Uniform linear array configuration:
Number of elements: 12
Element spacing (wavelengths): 1
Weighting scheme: blackman
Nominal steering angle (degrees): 0
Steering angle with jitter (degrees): -1.119
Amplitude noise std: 0.05
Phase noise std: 0.05

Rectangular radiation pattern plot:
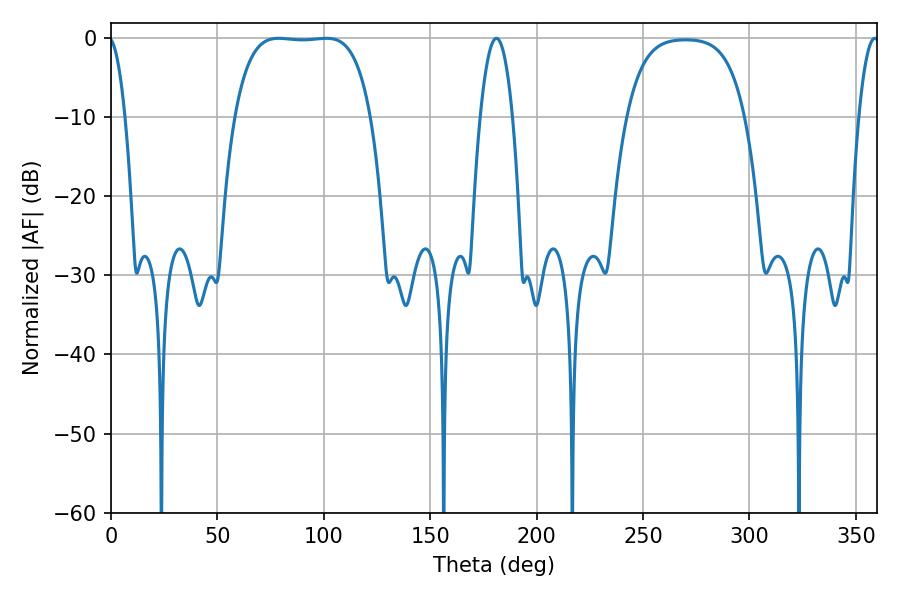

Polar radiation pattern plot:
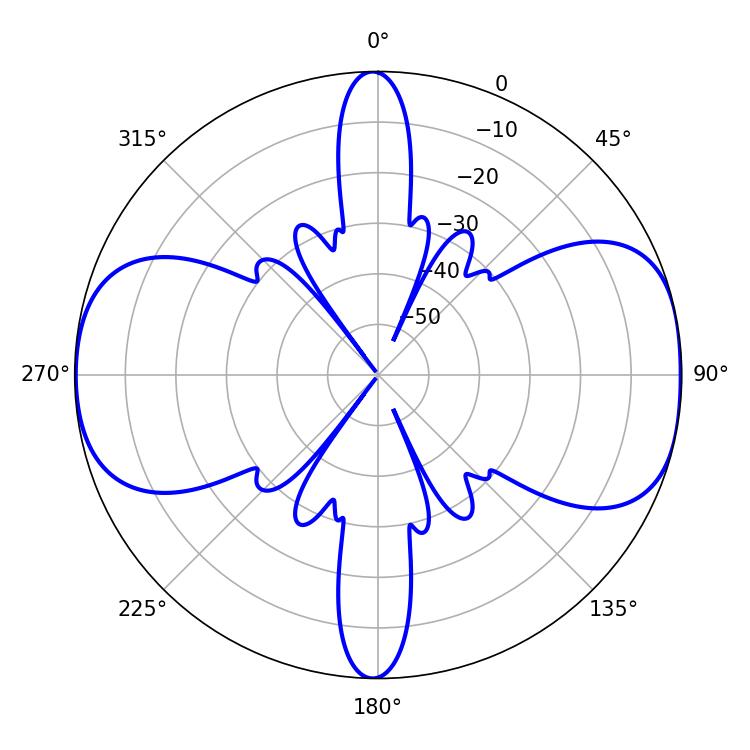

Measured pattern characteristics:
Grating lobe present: TRUE
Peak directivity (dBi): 10.082
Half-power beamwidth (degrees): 49.68
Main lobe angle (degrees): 78.84